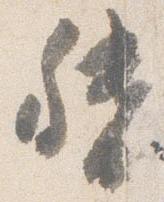
督